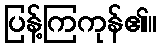
ပြန့်ကြကုန်၏။